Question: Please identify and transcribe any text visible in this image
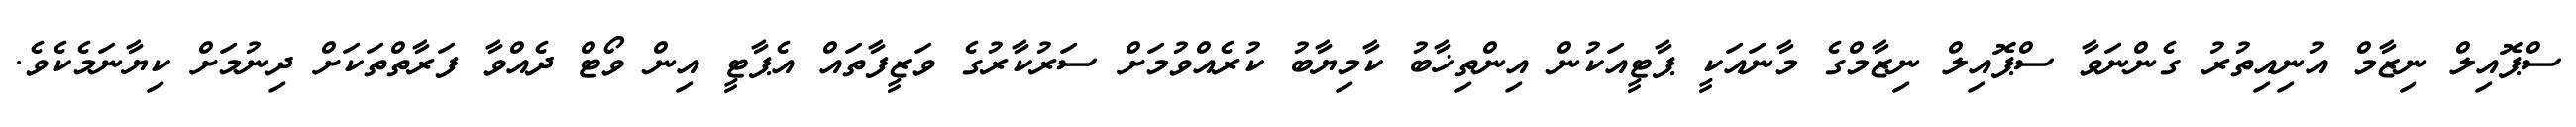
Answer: ސްޕޮއިލް ނިޒާމް އުނިއިތުރު ގެންނަވާ ސްޕޮއިލް ނިޒާމްގެ މާނައަކީ ޕާޓީއަކުން އިންތިޚާބު ކާމިޔާބު ކުރެއްވުމަށް ސަރުކާރުގެ ވަޒީފާތައް އެޕާޓީ އިން ވޯޓް ދެއްވާ ފަރާތްތަކަށް ދިނުމަށް ކިޔާނަމެކެވެ.